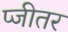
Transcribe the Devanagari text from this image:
प्जीतर